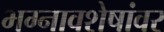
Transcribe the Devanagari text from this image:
भग्नावशेषांवर